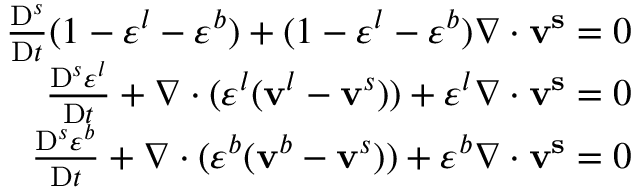
\begin{array} { r } { \frac { \mathrm { D } ^ { s } } { \mathrm { D } t } ( 1 - \varepsilon ^ { l } - \varepsilon ^ { b } ) + ( 1 - \varepsilon ^ { l } - \varepsilon ^ { b } ) \nabla \cdot \mathbf { v ^ { s } } = 0 } \\ { \frac { \mathrm { D } ^ { s } \varepsilon ^ { l } } { \mathrm { D } t } + \nabla \cdot ( \varepsilon ^ { l } ( \mathbf { v } ^ { l } - \mathbf { v } ^ { s } ) ) + \varepsilon ^ { l } \nabla \cdot \mathbf { v ^ { s } } = 0 } \\ { \frac { \mathrm { D } ^ { s } \varepsilon ^ { b } } { \mathrm { D } t } + \nabla \cdot ( \varepsilon ^ { b } ( \mathbf { v } ^ { b } - \mathbf { v } ^ { s } ) ) + \varepsilon ^ { b } \nabla \cdot \mathbf { v ^ { s } } = 0 } \end{array}